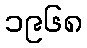
၁၉၆၈